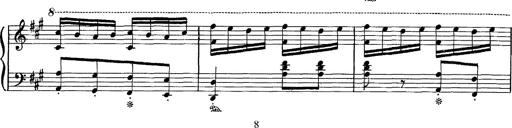
Title: Hungarian Rhapsody No.16
Composer: Franz Liszt
Key: A minor